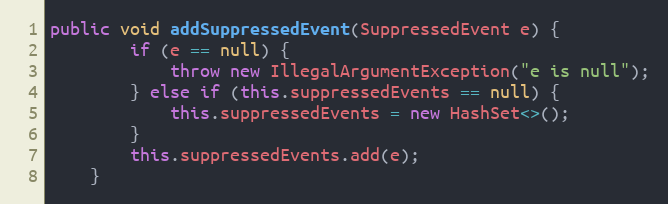
Language: Java
public void addSuppressedEvent(SuppressedEvent e) {
        if (e == null) {
            throw new IllegalArgumentException("e is null");
        } else if (this.suppressedEvents == null) {
            this.suppressedEvents = new HashSet<>();
        }
        this.suppressedEvents.add(e);
    }